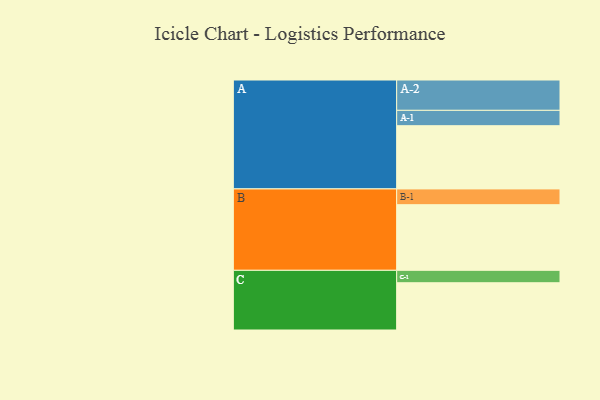
{"axis": {"x": "Segment", "y": "Value"}, "legend": ["", "A", "B", "C"], "data": [{"x": "A", "y": 448, "type": ""}, {"x": "B", "y": 465, "type": ""}, {"x": "C", "y": 335, "type": ""}, {"x": "A-1", "y": 109, "type": "A"}, {"x": "A-2", "y": 215, "type": "A"}, {"x": "B-1", "y": 112, "type": "B"}, {"x": "C-1", "y": 88, "type": "C"}]}